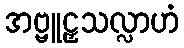
အဗ္ဗူဠှသလ္လာဟံ